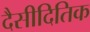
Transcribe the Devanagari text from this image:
दैसीदितिक